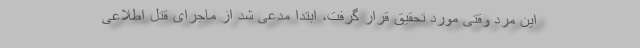
این مرد وقتی مورد تحقیق قرار گرفت، ابتدا مدعی شد از ماجرای قتل اطلاعی